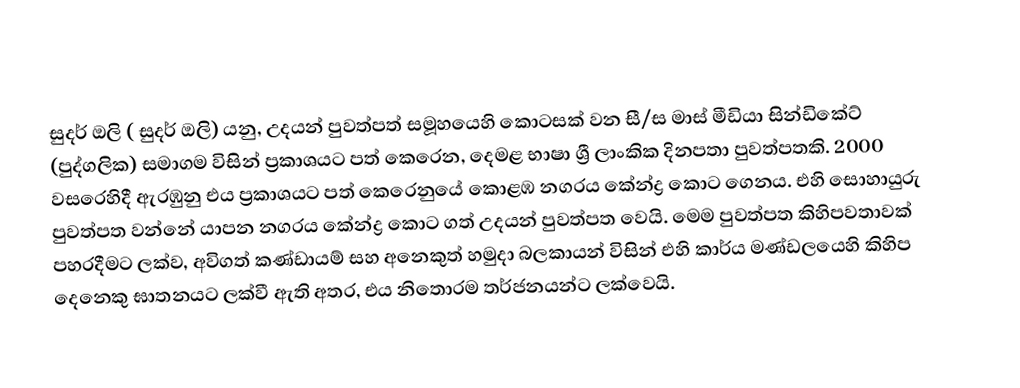
සුදර් ඔලි ( සුදර් ඔලි) යනු,  උදයන් පුවත්පත් සමූහයෙහි කොටසක් වන   සී/ස මාස් මීඩියා සින්ඩිකේට් (පුද්ගලික) සමාගම විසින් ප්‍රකාශයට පත් කෙරෙන, දෙමළ භාෂා ශ්‍රී ලාංකික දිනපතා පුවත්පතකි. 2000 වසරෙහිදී ඇරඹුනු එය ප්‍රකාශයට පත් කෙරෙනුයේ   කොළඹ නගරය කේන්ද්‍ර කොට ගෙනය. එහි සොහායුරු පුවත්පත වන්නේ යාපන නගරය කේන්ද්‍ර කොට ගත්  උදයන් පුවත්පත වෙයි. මෙම පුවත්පත කිහිපවතාවක් පහරදීමට ලක්ව, අවිගත් කණ්ඩායම් සහ අනෙකුත් හමුදා බලකායන් විසින් එහි කාර්ය මණ්ඩලයෙහි කිහිප දෙනෙකු  ඝාතනයට ලක්වී ඇති අතර, එය නිතොරම තර්ජනයන්ට ලක්වෙයි.